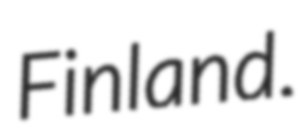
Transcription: Finland.